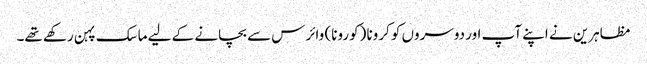
مظاہرین نے اپنے آپ اور دوسروں کو کرونا (کورونا) وائرس سے بچانے کے لیے ماسک پہن رکھے تھے۔